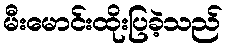
မီးမောင်းထိုးပြခဲ့သည်